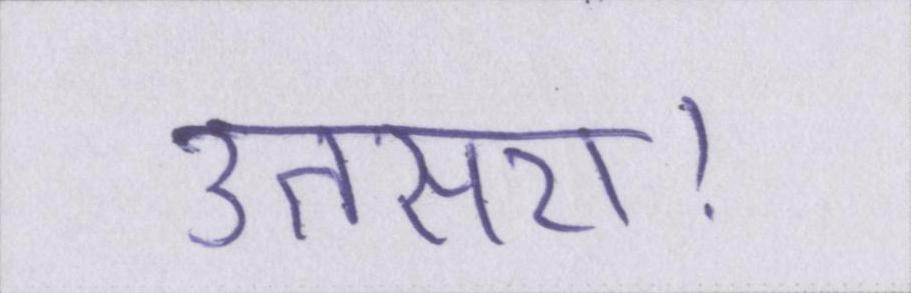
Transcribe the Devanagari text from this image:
उतसरा।